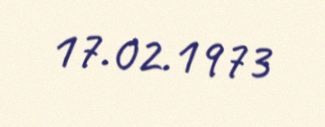
17.02.1973